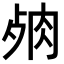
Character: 𦚛